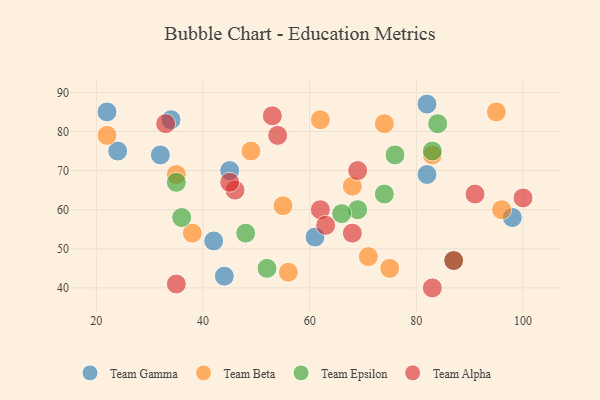
{"axis": {"x": "GDP", "y": "Life Expectancy"}, "legend": ["Team Alpha", "Team Beta", "Team Epsilon", "Team Gamma"], "data": [{"x": "42", "y": 52, "type": "Team Gamma"}, {"x": "22", "y": 85, "type": "Team Gamma"}, {"x": "44", "y": 43, "type": "Team Gamma"}, {"x": "34", "y": 83, "type": "Team Gamma"}, {"x": "32", "y": 74, "type": "Team Gamma"}, {"x": "98", "y": 58, "type": "Team Gamma"}, {"x": "82", "y": 87, "type": "Team Gamma"}, {"x": "82", "y": 69, "type": "Team Gamma"}, {"x": "24", "y": 75, "type": "Team Gamma"}, {"x": "45", "y": 70, "type": "Team Gamma"}, {"x": "61", "y": 53, "type": "Team Gamma"}, {"x": "35", "y": 69, "type": "Team Beta"}, {"x": "75", "y": 45, "type": "Team Beta"}, {"x": "68", "y": 66, "type": "Team Beta"}, {"x": "83", "y": 74, "type": "Team Beta"}, {"x": "62", "y": 83, "type": "Team Beta"}, {"x": "22", "y": 79, "type": "Team Beta"}, {"x": "74", "y": 82, "type": "Team Beta"}, {"x": "56", "y": 44, "type": "Team Beta"}, {"x": "96", "y": 60, "type": "Team Beta"}, {"x": "71", "y": 48, "type": "Team Beta"}, {"x": "38", "y": 54, "type": "Team Beta"}, {"x": "95", "y": 85, "type": "Team Beta"}, {"x": "55", "y": 61, "type": "Team Beta"}, {"x": "49", "y": 75, "type": "Team Beta"}, {"x": "83", "y": 75, "type": "Team Epsilon"}, {"x": "69", "y": 60, "type": "Team Epsilon"}, {"x": "76", "y": 74, "type": "Team Epsilon"}, {"x": "35", "y": 67, "type": "Team Epsilon"}, {"x": "84", "y": 82, "type": "Team Epsilon"}, {"x": "36", "y": 58, "type": "Team Epsilon"}, {"x": "48", "y": 54, "type": "Team Epsilon"}, {"x": "66", "y": 59, "type": "Team Epsilon"}, {"x": "52", "y": 45, "type": "Team Epsilon"}, {"x": "87", "y": 47, "type": "Team Epsilon"}, {"x": "74", "y": 64, "type": "Team Epsilon"}, {"x": "33", "y": 82, "type": "Team Alpha"}, {"x": "87", "y": 47, "type": "Team Alpha"}, {"x": "35", "y": 41, "type": "Team Alpha"}, {"x": "69", "y": 70, "type": "Team Alpha"}, {"x": "53", "y": 84, "type": "Team Alpha"}, {"x": "100", "y": 63, "type": "Team Alpha"}, {"x": "91", "y": 64, "type": "Team Alpha"}, {"x": "54", "y": 79, "type": "Team Alpha"}, {"x": "46", "y": 65, "type": "Team Alpha"}, {"x": "83", "y": 40, "type": "Team Alpha"}, {"x": "62", "y": 60, "type": "Team Alpha"}, {"x": "45", "y": 67, "type": "Team Alpha"}, {"x": "68", "y": 54, "type": "Team Alpha"}, {"x": "63", "y": 56, "type": "Team Alpha"}]}